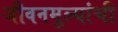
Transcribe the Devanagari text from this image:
जीवनमूल्यांची